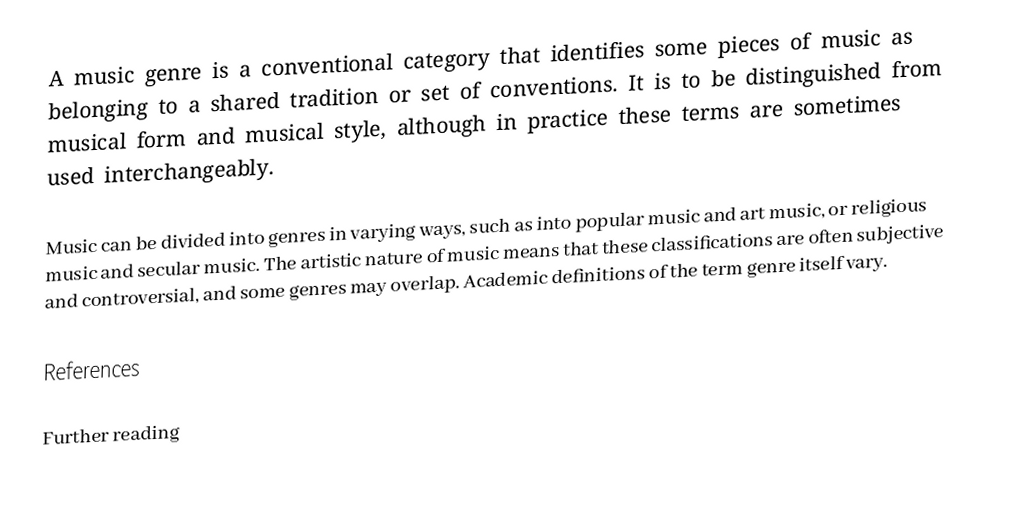
A music genre is a conventional category that identifies some pieces of music as belonging to a shared tradition or set of conventions. It is to be distinguished from musical form and musical style, although in practice these terms are sometimes used interchangeably.

Music can be divided into genres in varying ways, such as into popular music and art music, or religious music and secular music. The artistic nature of music means that these classifications are often subjective and controversial, and some genres may overlap. Academic definitions of the term genre itself vary.

References

Further reading